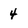
Character: 4